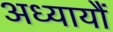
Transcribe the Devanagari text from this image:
अध्यायौं